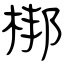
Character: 梆